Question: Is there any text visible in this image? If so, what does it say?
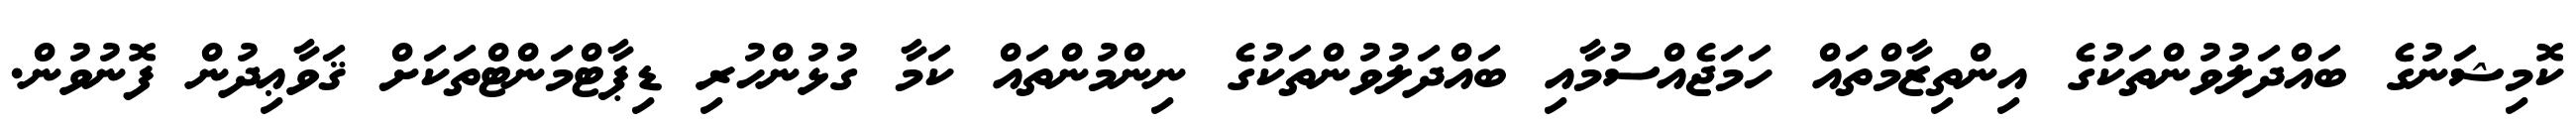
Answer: ކޮމިޝަނުގެ ބައްދަލުވުންތަކުގެ އިންތިޒާމްތައް ހަމަޖެއްސުމާއި ބައްދަލުވުންތަކުގެ ނިންމުންތައް ކަމާ ގުޅުންހުރި ޑިޕާޓްމަންޓްތަކަށް ޤަވާޢިދުން ފޮނުވުން.